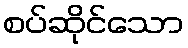
စပ်ဆိုင်သော